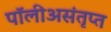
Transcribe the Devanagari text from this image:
पॉलीअसंतृप्त